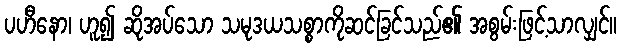
ပဟီနော၊ ဟူ၍ ဆိုအပ်သော သမုဒယသစ္စာကိုဆင်ခြင်သည်၏ အစွမ်းဖြင့်သာလျှင်။